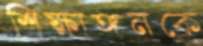
শিক্ষাঙ্গনকে